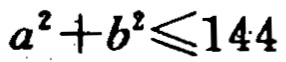
\(a^{2}+b^{2}\leqslant144\)